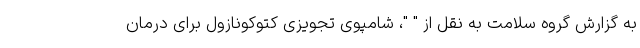
به گزارش گروه سلامت به نقل از " "، شامپوی تجویزی کتوکونازول برای درمان